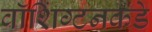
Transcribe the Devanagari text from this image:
वॉशिंग्टनकडे